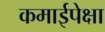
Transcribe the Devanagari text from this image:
कमाईपेक्षा